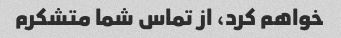
خواهم کرد، از تماس شما متشکرم